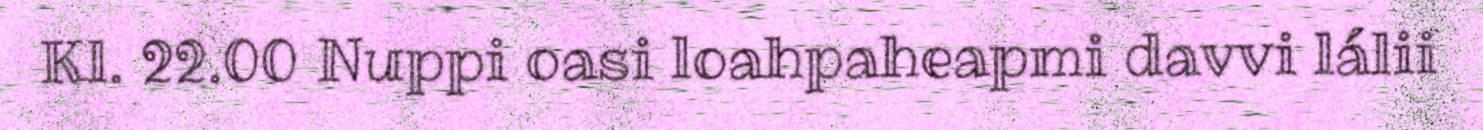
Kl. 22.00 Nuppi oasi loahpaheapmi davvi lálii